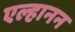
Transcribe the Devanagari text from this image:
एल्हानन